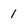
Character: 1